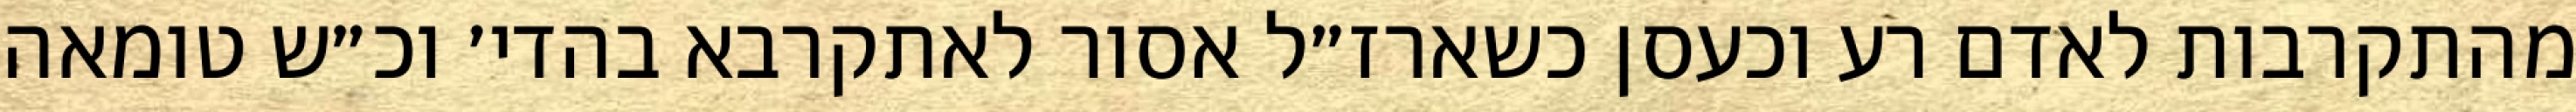
מהתקרבות לאדם רע וכעסן כשארז״ל אסור לאתקרבא בהדי׳ וכ״ש טומאה